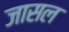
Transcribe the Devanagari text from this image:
जासल